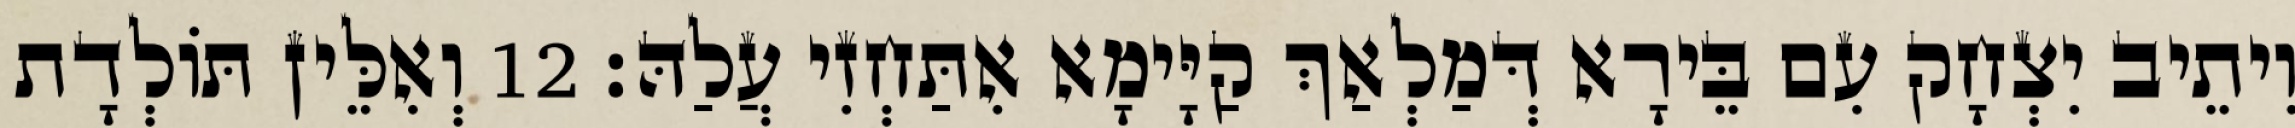
וִיתֵיב יִצְחָק עִם בֵּירָא דְּמַלְאַךְ קַיָּימָא אִתַּחְזִי עֲלַהּ׃ 12 וְאִלֵּין תּוֹלְדָת